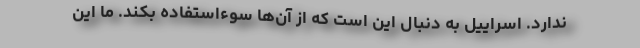
ندارد. اسراییل به دنبال این است که از آن‌ها سوءاستفاده بکند. ما این